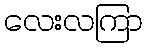
လေးလကြာ